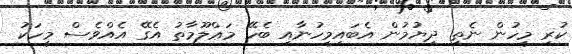
ކުރި މީހުން ނެތި ދިޔުމުން އެބައިމީހުނާއި ބެހޭ މަޢްލޫމާތު އެގޭ އެއްވެސް މީހަކު